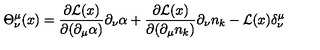
\Theta _ { \nu } ^ { \mu } ( x ) = \frac { \partial { \cal L } ( x ) } { \partial ( \partial _ { \mu } \alpha ) } \partial _ { \nu } \alpha + \frac { \partial { \cal L } ( x ) } { \partial ( \partial _ { \mu } n _ { k } ) } \partial _ { \nu } n _ { k } - { \cal L } ( x ) \delta _ { \nu } ^ { \mu }